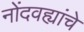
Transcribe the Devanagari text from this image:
नोंदवह्यांचे